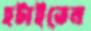
হটাইতেন